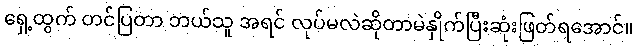
ရှေ့ထွက် တင်ပြတာ ဘယ်သူ အရင် လုပ်မလဲဆိုတာမဲနှိုက်ပြီးဆုံးဖြတ်ရအောင်။